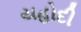
યહોદી